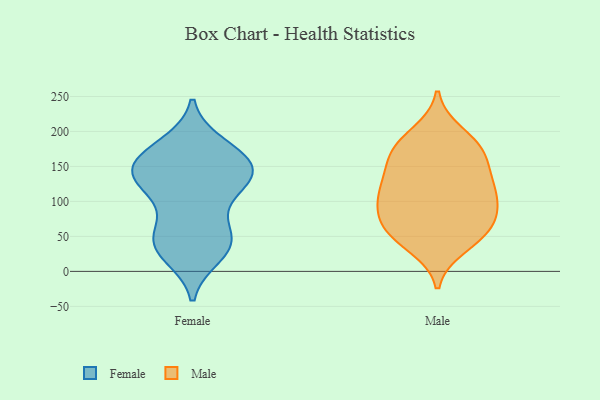
{"axis": {"x": "Headcount", "y": "Value"}, "legend": ["Female", "Male"], "data": [{"x": "", "y": 180, "type": "Female"}, {"x": "", "y": 154, "type": "Female"}, {"x": "", "y": 132, "type": "Female"}, {"x": "", "y": 54, "type": "Female"}, {"x": "", "y": 158, "type": "Female"}, {"x": "", "y": 137, "type": "Female"}, {"x": "", "y": 133, "type": "Female"}, {"x": "", "y": 139, "type": "Female"}, {"x": "", "y": 58, "type": "Female"}, {"x": "", "y": 35, "type": "Female"}, {"x": "", "y": 40, "type": "Female"}, {"x": "", "y": 174, "type": "Female"}, {"x": "", "y": 105, "type": "Female"}, {"x": "", "y": 123, "type": "Female"}, {"x": "", "y": 24, "type": "Female"}, {"x": "", "y": 159, "type": "Female"}, {"x": "", "y": 37, "type": "Female"}, {"x": "", "y": 138, "type": "Male"}, {"x": "", "y": 182, "type": "Male"}, {"x": "", "y": 36, "type": "Male"}, {"x": "", "y": 97, "type": "Male"}, {"x": "", "y": 47, "type": "Male"}, {"x": "", "y": 126, "type": "Male"}, {"x": "", "y": 55, "type": "Male"}, {"x": "", "y": 171, "type": "Male"}, {"x": "", "y": 113, "type": "Male"}, {"x": "", "y": 99, "type": "Male"}, {"x": "", "y": 134, "type": "Male"}, {"x": "", "y": 197, "type": "Male"}, {"x": "", "y": 174, "type": "Male"}, {"x": "", "y": 75, "type": "Male"}, {"x": "", "y": 101, "type": "Male"}, {"x": "", "y": 166, "type": "Male"}, {"x": "", "y": 70, "type": "Male"}, {"x": "", "y": 60, "type": "Male"}]}